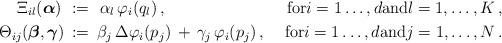
LaTeX: \begin{align*}\Xi_{il}(\boldsymbol{\alpha} ) \,\, := & \,\,\,\, \alpha_{l} \, \varphi_{i}(q_{l}) \,, & \hbox{for} i=1 \dots, d \hbox{and} l=1, \dots, K \, ,\\\Theta_{ij}(\boldsymbol{\beta},\boldsymbol{\gamma} ) \,:=&\,\,\, \beta_{j} \, \Delta\varphi_{i}(p_{j}) \, + \,\gamma_{j} \, \varphi_{i}(p_{j}) \, , & \,\hbox{for} i=1 \dots, d \hbox{and} j=1, \dots, N \, .\end{align*}